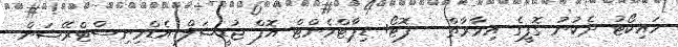
ހައިކޯޓު ދެކުނު ގޮފީގެ އިމާރާތް - ފޮޓޯ: ޑިޕާޓްމެންޓް އޮފް ޖުޑީޝަލް އެޑްމިނިސްޓްރޭޝަން